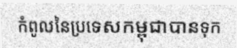
កំពូលនៃប្រទេសកម្ពុជាបានទុក